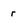
Character: r